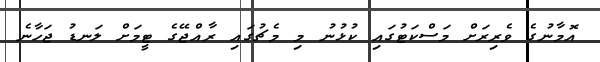
އޮމާނުގެ ވެރިރަށް މަސްކަޓުގައި ކުޅުނު މި މެޗުގައި ރާއްޖޭގެ ޓީމަށް ލަނޑު ޖަހާނެ